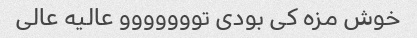
خوش مزه کی بودی تووووووو عالیه عالی